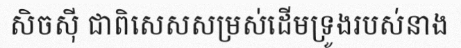
សិចស៊ី ជាពិសេសសម្រស់ដើមទ្រូងរបស់នាង